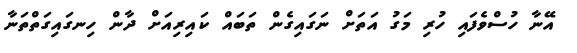
އޭނާ ހުސްވެފައި ހުރި މަގު އަތަށް ނަގައިގެން ތަބައް ކައިރިއަށް ދާން ހިނގައިގަތްތަނާ